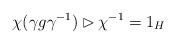
LaTeX: \begin{align*} \chi (\gamma g \gamma^{-1}) \rhd \chi^{-1} = 1_H \end{align*}